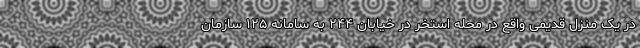
در یک منزل قدیمی واقع در محله استخر در خیابان ۲۴۴ به سامانه ۱۲۵ سازمان